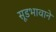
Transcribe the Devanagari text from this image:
सूडभावाने